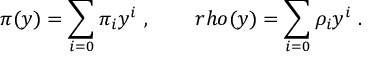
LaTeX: \pi ( y ) = \sum _ { i = 0 } ^ { } { \pi } _ { i } y ^ { i } \ , \ \ \ \ \ \ \, r h o ( y ) = \sum _ { i = 0 } ^ { } { \rho } _ { i } y ^ { i } \ .